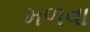
મળવા